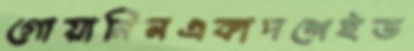
গোয়ানিনএকাদশেইভ